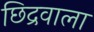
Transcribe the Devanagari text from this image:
छिद्रवाला